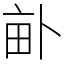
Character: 𤱈